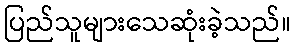
ပြည်သူများသေဆုံးခဲ့သည်။